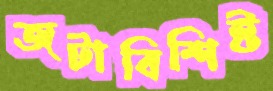
জটাবিশিষ্ট